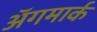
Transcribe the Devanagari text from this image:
अॅगमार्क